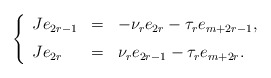
\begin{align*}\left\{\begin{array}{lcl}Je_{2r-1} & = & -\nu_r e_{2r}-\tau_re_{m+2r-1}, \medskip \\Je_{2r} & = & \nu_r e_{2r-1}-\tau_re_{m+2r}.\end{array}\right.\end{align*}